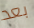
بعد